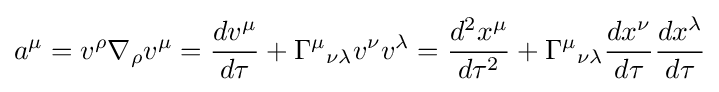
a^{\mu }=v^{\rho }\nabla _{\rho }v^{\mu }={\frac {dv^{\mu }}{d\tau }}+\Gamma ^{\mu }{}_{\nu \lambda }v^{\nu }v^{\lambda }={\frac {d^{2}x^{\mu }}{d\tau ^{2}}}+\Gamma ^{\mu }{}_{\nu \lambda }{\frac {dx^{\nu }}{d\tau }}{\frac {dx^{\lambda }}{d\tau }}